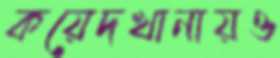
কয়েদখানায়ও